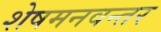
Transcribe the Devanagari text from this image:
शेषमनवन्तर